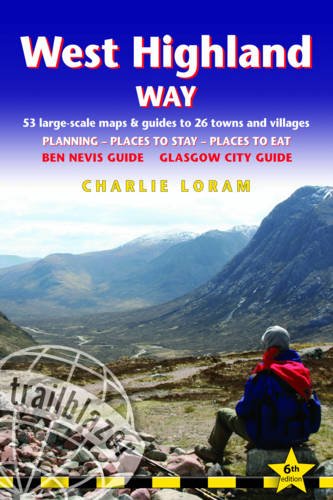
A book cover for West Highland Way (British Walking Guides); Charlie Loram; Travel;